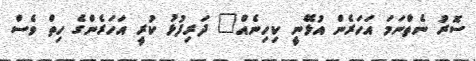
ސޮރު ނެތްނަމަ އަހަރެން އުޅޭނީ ކިހިނެއް" ދަރިފުޅު ކުރީ އަހަރެންގެ ހިތް ވެސް